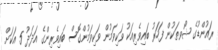
ރައުންޑުގެ ޝޯވތަކުން ފަހަރު ބައިވެރިއަކު ވަކިވަމުން ވަކިވަމުންގޮސް ބައިވެރިންގެ އަދަދު 5 އަކަށް